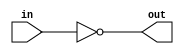
module top_module (
    input in,
    output out
);

    assign out = ~in; 
    // assign out = !in;
    // ~: bit-wise, !: logical

endmodule